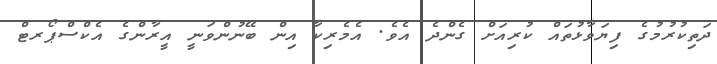
ދަތިކުރުމުގެ ފިޔަވާޅުތައް ކުރިއަށް ގެންދެ އެވެ. އެމެރިކާ އިން ބޭނުންވަނީ އީރާންގެ އެކްސްޕޯރޓް